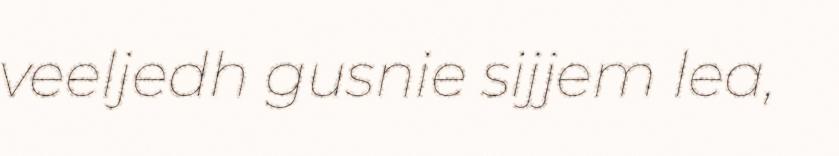
veeljedh gusnie sijjem lea,